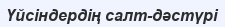
Үйсіндердің салт-дəстүрі